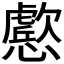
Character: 𭟔